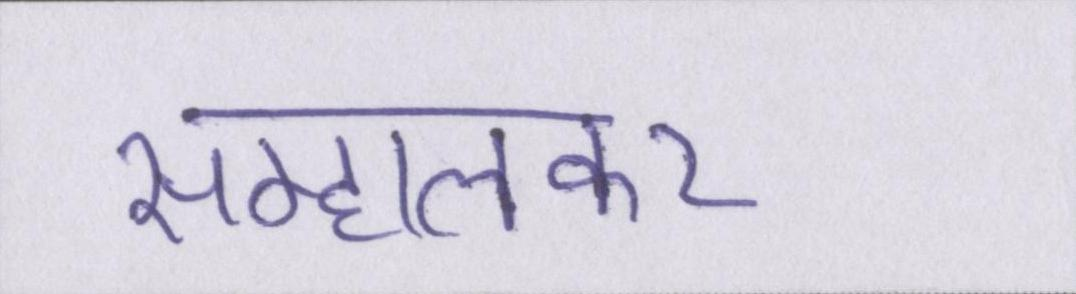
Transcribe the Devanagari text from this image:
सम्हालकर